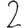
Digit: 2